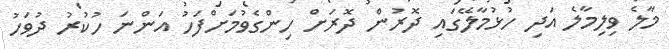
މާލެ ވިލިމާލެ އަދި ހުޅުމާލޭގައި ދޮރުން ދޮރަށް ހިންގެވުމަށްފަހު އަންނަ ހުކުރު ދުވަހު